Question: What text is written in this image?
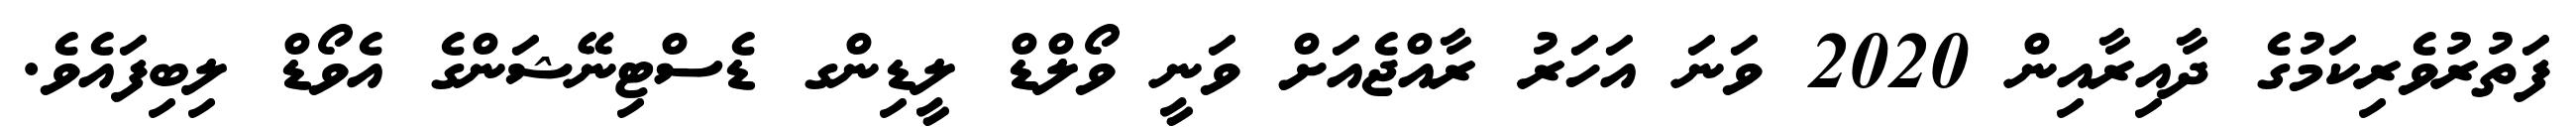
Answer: ފަތުރުވެރިކަމުގެ ދާއިރާއިން 2020 ވަނަ އަހަރު ރާއްޖެއަށް ވަނީ ވޯލްޑް ލީޑިންގ ޑެސްޓިނޭޝަންގެ އެވޯޑް ލިބިފައެވެ.